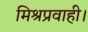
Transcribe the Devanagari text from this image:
मिश्रप्रवाही।